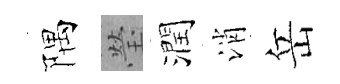
隅瑩潤消岳